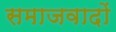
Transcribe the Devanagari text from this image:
समाजवादों